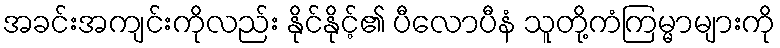
အခင်းအကျင်းကိုလည်း နိုင်နိုင့်၏ ပီလောပီနံ သူတို့ကံကြမ္မာများကို